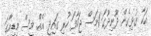
އަކާ ގުޅިގެން ދޫނިދޫގަ 1މަސް ޖަހާފަ ހުރި ގައިދީ އެއް. މީސް މިޑިއާގަ